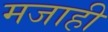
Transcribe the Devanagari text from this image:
मजाही